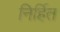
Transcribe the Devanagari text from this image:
निर्हित